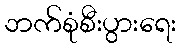
ဘက်စုံစီးပွားရေး